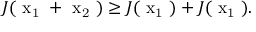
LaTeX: J ( \mathrm { \boldmath ~ x _ { 1 } ~ } + \mathrm { \boldmath ~ x _ { 2 } ~ } ) \ge J ( \mathrm { \boldmath ~ x _ { 1 } ~ } ) + J ( \mathrm { \boldmath ~ x _ { 1 } ~ } ) .